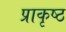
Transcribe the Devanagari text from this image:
प्राकृष्ठ